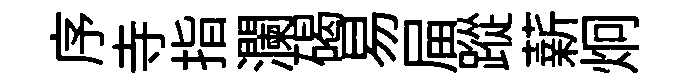
序寺指瀾碣易屇蹤薪炯